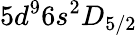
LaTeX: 5d^{9}6s^{2}D_{5/2}